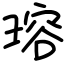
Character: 瑢